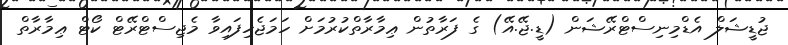
ޖުޑީޝަލް އެޑްމިނިސްޓްރޭޝަން (ޑީ.ޖޭ.އޭ) ގެ ފަރާތުން ޢިމާރާތްކުރުމަށް ހަމަޖެހިފައިވާ މެޖިސްޓްރޭޓް ކޯޓް ޢިމާރާތް